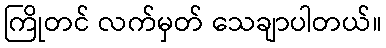
ကြိုတင် လက်မှတ် သေချာပါတယ်။